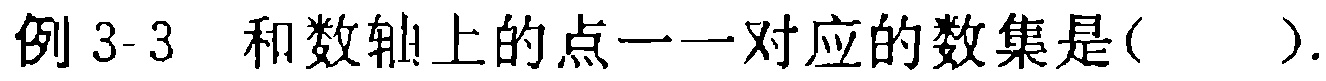
例 3-3 和数轴上的点一一对应的数集是(  ).